Vaccination in the Punjab 1867-1880 - 1867-1880
Year: 1867
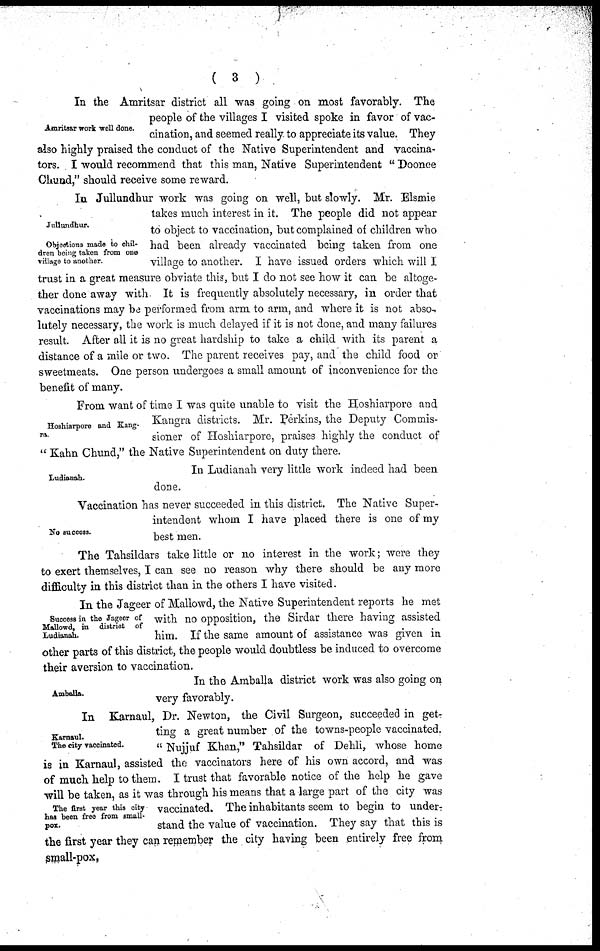
(
3
)
Amritsar work well done.
In the Amritsar district all was going on most favorably. The
people of the villages I visited spoke in favor of vac-
cination, and seemed really to appreciate its value. They
also highly praised the conduct of the Native Superintendent and vaccina-
tors. I would recommend that this man, Native Superintendent "Doonee
Chund," should receive some reward.
Jullundhur.
Objections made to chil-
dren being taken from one
village to another.
In Jullundhur work was going on well, but slowly. Mr. Elsmie
takes much interest in it. The people did not appear
to object to vaccination, but complained of children who
had been already vaccinated being taken from one
village to another. I have issued orders which will I
trust in a great measure obviate this, but I do not see how it can be altoge-
ther done away with. It is frequently absolutely necessary, in order that
vaccinations may be performed from arm to arm, and where it is not abso-
lutely necessary, the work is much delayed if it is not done, and many failures
result. After all it is no great hardship to take a child with its parent a
distance of a mile or two. The parent receives pay, and the child food or
sweetmeats. One person undergoes a small amount of inconvenience for the
benefit of many.
Hoshiarpore and Kang-
ra.
From want of time I was quite unable to visit the Hoshiarpore and
Kangra districts.
Mr. Perkins, the Deputy Commis-
sioner of Hoshiarpore, praises highly the conduct of
"Kahn Chund," the Native Superintendent on duty there.
Ludianah.
In Ludianah very little work indeed had been
done.
No success.
Vaccination has never succeeded in this district. The Native Super-
intendent whom I have placed there is one of my
best men.
The Tahsildars take little or no interest in the work; were they
to exert themselves, I can see no reason why there should be any more
difficulty in this district than in the others I have visited.
Success in the Jageer of
Mallowd, in district of
Ludianah.
In the Jageer of Mallowd, the Native Superintendent reports he met
with no opposition, the Sirdar there having assisted
him. If the same amount of assistance was given in
other parts of this district, the people would doubtless be induced to overcome
their aversion to vaccination.
Amballa.
In the Amballa district work was also going on
very favorably.
Karnaul.
The city vaccinated.
The first year this city
has been free from small-
pox.
In Karnaul, Dr. Newton, the Civil Surgeon, succeeded in get-
ting a great number of the towns-people vaccinated.
"Nujjuf Khan," Tahsildar of Dehli, whose home
is in Karnaul, assisted the vaccinators here of his own accord, and was
of much help to them. I trust that favorable notice of the help he gave
will be taken, as it was through his means that a large part of the city was
vaccinated. The inhabitants seem to begin to under-
stand the value of vaccination. They say that this is
the first year they can remember the city having been entirely free from
small-pox.